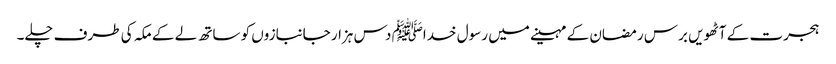
ہجرت کے آٹھویں برس رمضان کے مہینے میں رسول خداﷺ دس ہزار جانبازوں کو ساتھ لے کے مکہ کی طرف چلے۔